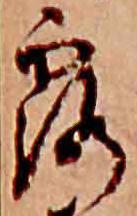
露